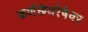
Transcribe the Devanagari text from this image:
कर्णछेदरेषेवर